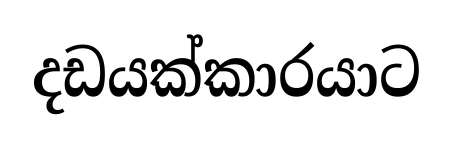
දඩයක්කාරයාට